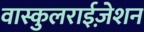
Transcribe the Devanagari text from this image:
वास्कुलराईज़ेशन